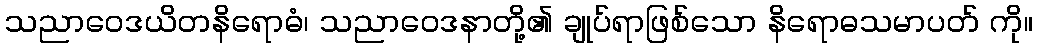
သညာဝေဒယိတနိရောဓံ၊ သညာဝေဒနာတို့၏ ချုပ်ရာဖြစ်သော နိရောဓသမာပတ် ကို။